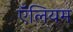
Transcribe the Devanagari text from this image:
ऍलियम